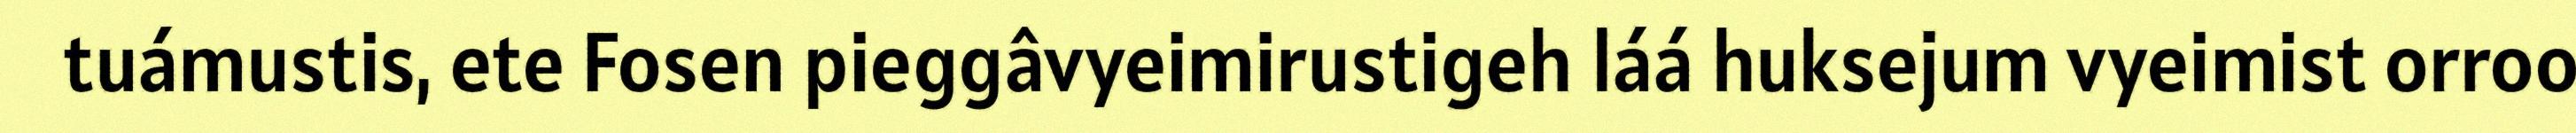
tuámustis, ete Fosen pieggâvyeimirustigeh láá huksejum vyeimist orroo